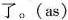
了。(as)